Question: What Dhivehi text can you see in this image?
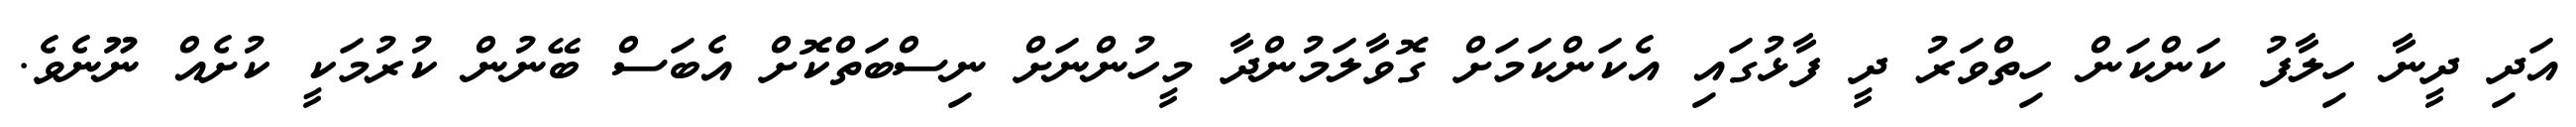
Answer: އަދި ދީނާ ހިލާފު ކަންކަން ހިތްވަރު ދީ ފާޅުގައި އެކަންކަމަށް ގޮވާލަމުންދާ މީހުންނަށް ނިސްބަތްކޮށް އެބަސް ބޭނުން ކުރުމަކީ ކުށެއް ނޫނެވެ.